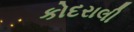
કોદરાલી